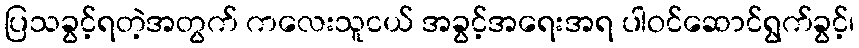
ပြသခွင့်ရတဲ့အတွက် ကလေးသူငယ် အခွင့်အရေးအရ ပါဝင်ဆောင်ရွက်ခွင့်၊